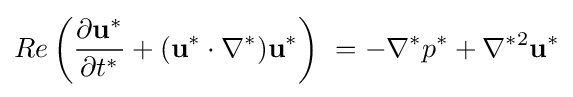
Re\left({\frac {\partial \mathbf {u^{*}} }{\partial t^{*}}}+(\mathbf {u^{*}} \cdot \nabla ^{*})\mathbf {u^{*}} \right)\ =-\nabla ^{*}p^{*}+\nabla ^{*2}\mathbf {u^{*}}